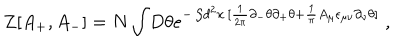
Z [ A _ { + } , A _ { - } ] = N \int \! D \theta e ^ { - \int \! d ^ { 2 } x \, [ \frac { 1 } { 2 \pi } \partial _ { - } \theta \partial _ { + } \theta + \frac { 1 } { \pi } A _ { \mu } \epsilon _ { \mu \nu } \partial _ { \nu } \theta ] } \; ,